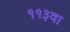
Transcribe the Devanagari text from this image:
११३वा